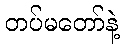
တပ်မတော်နဲ့